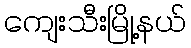
ကျေးသီးမြို့နယ်